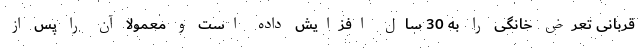
قربانی تعرض خانگی را به 30 سال افزایش داده است و معمولا آن را پس از